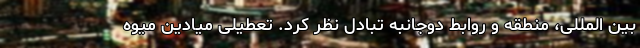
بین المللی، منطقه و روابط دوجانبه تبادل نظر کرد. تعطیلی میادین میوه